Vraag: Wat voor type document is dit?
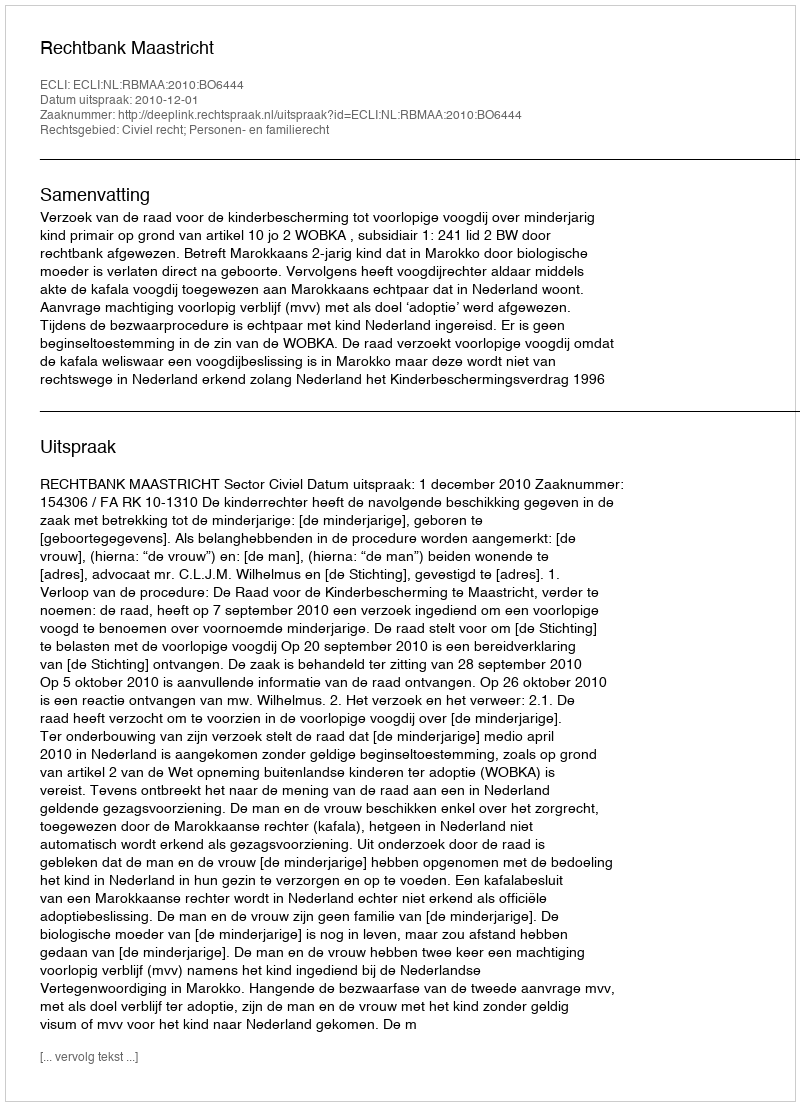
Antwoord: Uitspraak